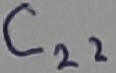
Text: C22